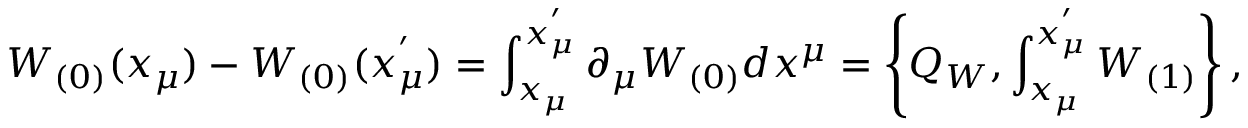
W _ { ( 0 ) } ( x _ { \mu } ) - W _ { ( 0 ) } ( x _ { \mu } ^ { ' } ) = \int _ { x _ { \mu } } ^ { x _ { \mu } ^ { ' } } \partial _ { \mu } W _ { ( 0 ) } d x ^ { \mu } = \left\{ Q _ { W } , \int _ { x _ { \mu } } ^ { x _ { \mu } ^ { ' } } W _ { ( 1 ) } \right\} ,